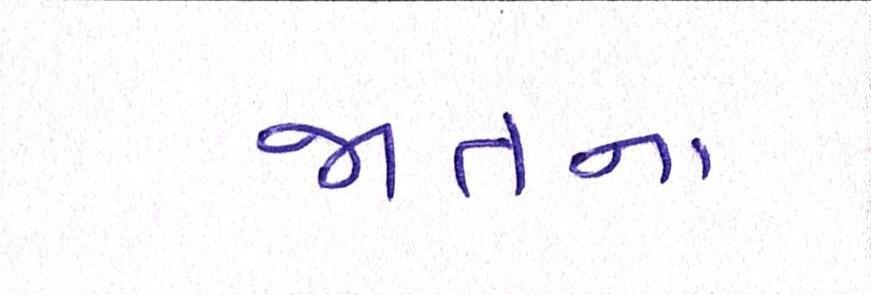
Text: જાતના